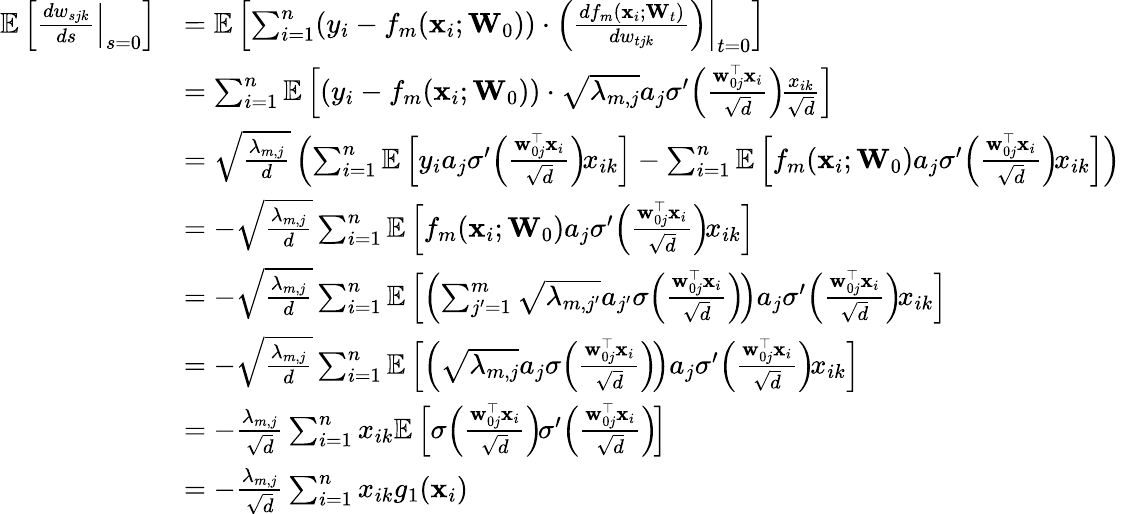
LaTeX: \begin{array}{rl}{\mathbb{E}\left[\left.\frac{dw_{sjk}}{ds}\right|_{s=0}\right]}&{=\mathbb{E}\left[\sum_{i=1}^{n}(y_{i}-f_{m}(\mathbf{x}_{i};\mathbf{W}_{0}))\cdot\left.\left(\frac{df_{m}(\mathbf{x}_{i};\mathbf{W}_{t})}{dw_{tjk}}\right)\right|_{t=0}\right]}\\ &{=\sum_{i=1}^{n}\mathbb{E}\left[(y_{i}-f_{m}(\mathbf{x}_{i};\mathbf{W}_{0}))\cdot\sqrt{\lambda_{m,j}}a_{j}\sigma^{\prime}\! \left(\frac{\mathbf{w}_{0j}^{\top}\mathbf{x}_{i}}{\sqrt{d}}\right)\! \frac{x_{ik}}{\sqrt{d}}\right]}\\ &{=\sqrt{\frac{\lambda_{m,j}}{d}}\left(\sum_{i=1}^{n}\mathbb{E}\left[y_{i}a_{j}\sigma^{\prime}\! \left(\frac{\mathbf{w}_{0j}^{\top}\mathbf{x}_{i}}{\sqrt{d}}\right)\! x_{ik}\right]-\sum_{i=1}^{n}\mathbb{E}\left[f_{m}(\mathbf{x}_{i};\mathbf{W}_{0})a_{j}\sigma^{\prime}\! \left(\frac{\mathbf{w}_{0j}^{\top}\mathbf{x}_{i}}{\sqrt{d}}\right)\! x_{ik}\right]\right)}\\ &{=-\sqrt{\frac{\lambda_{m,j}}{d}}\sum_{i=1}^{n}\mathbb{E}\left[f_{m}(\mathbf{x}_{i};\mathbf{W}_{0})a_{j}\sigma^{\prime}\! \left(\frac{\mathbf{w}_{0j}^{\top}\mathbf{x}_{i}}{\sqrt{d}}\right)\! x_{ik}\right]}\\ &{=-\sqrt{\frac{\lambda_{m,j}}{d}}\sum_{i=1}^{n}\mathbb{E}\left[\left(\sum_{j^{\prime}=1}^{m}\sqrt{\lambda_{m,j^{\prime}}}a_{j^{\prime}}\sigma\! \left(\frac{\mathbf{w}_{0j}^{\top}\mathbf{x}_{i}}{\sqrt{d}}\right)\! \right)a_{j}\sigma^{\prime}\! \left(\frac{\mathbf{w}_{0j}^{\top}\mathbf{x}_{i}}{\sqrt{d}}\right)\! x_{ik}\right]}\\ &{=-\sqrt{\frac{\lambda_{m,j}}{d}}\sum_{i=1}^{n}\mathbb{E}\left[\left(\sqrt{\lambda_{m,j}}a_{j}\sigma\! \left(\frac{\mathbf{w}_{0j}^{\top}\mathbf{x}_{i}}{\sqrt{d}}\right)\! \right)a_{j}\sigma^{\prime}\! \left(\frac{\mathbf{w}_{0j}^{\top}\mathbf{x}_{i}}{\sqrt{d}}\right)\! x_{ik}\right]}\\ &{=-\frac{\lambda_{m,j}}{\sqrt{d}}\sum_{i=1}^{n}x_{ik}\mathbb{E}\left[\sigma\! \left(\frac{\mathbf{w}_{0j}^{\top}\mathbf{x}_{i}}{\sqrt{d}}\right)\! \sigma^{\prime}\! \left(\frac{\mathbf{w}_{0j}^{\top}\mathbf{x}_{i}}{\sqrt{d}}\right)\! \right]}\\ &{=-\frac{\lambda_{m,j}}{\sqrt{d}}\sum_{i=1}^{n}x_{ik}g_{1}(\mathbf{x}_{i})}\end{array}